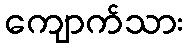
ကျောက်သား